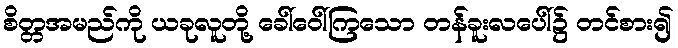
စိတ္တအမည်ကို ယခုလူတို့ ခေါ်ဝေါ်ကြသော တန်ခူးလပေါ်၌ တင်စား၍